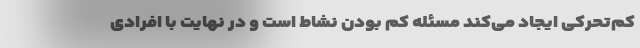
کم‌تحرکی ایجاد می‌کند مسئله کم بودن نشاط است و در نهایت با افرادی